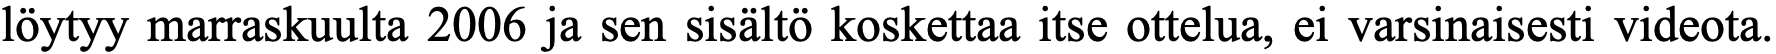
löytyy marraskuulta 2006 ja sen sisältö koskettaa itse ottelua, ei varsinaisesti videota.